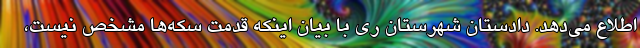
اطلاع می‌دهد. دادستان شهرستان ری با بیان اینکه قدمت سکه‌ها مشخص نیست،